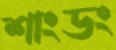
শাংডং